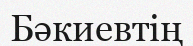
Бәкиевтің